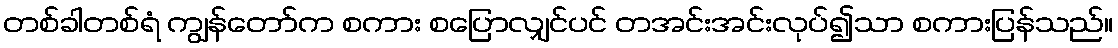
တစ်ခါတစ်ရံ ကျွန်တော်က စကား စပြောလျှင်ပင် တအင်းအင်းလုပ်၍သာ စကားပြန်သည်။